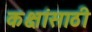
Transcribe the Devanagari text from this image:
कक्षांसाठी